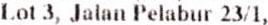
LOT 3, JALAN PELABUR 23/1,